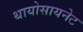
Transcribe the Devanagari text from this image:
थायोसायनेट